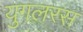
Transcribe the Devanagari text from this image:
युगलरस